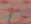
أذنيه